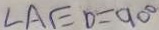
\angle A E D = 9 0 ^ { \circ }